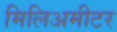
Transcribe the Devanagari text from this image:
मिलिअमीटर